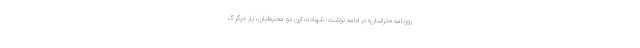
روزنامه «خراسان» در ادامه نوشت: شهادت این دو محیط‌بان، بار دیگر گ